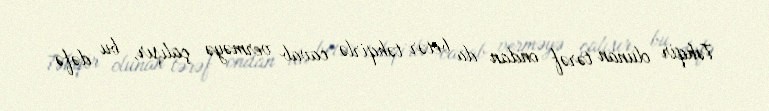
Təhqir olunan tərəf ondan da betər təhqirlə cavab verməyə çalışır, bu dəfə